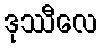
ဒုဿီလေ